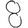
Digit: 8